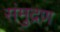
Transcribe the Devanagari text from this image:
संमुद्रण